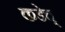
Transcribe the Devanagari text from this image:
कडेच्